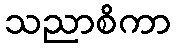
သညာစိကာ